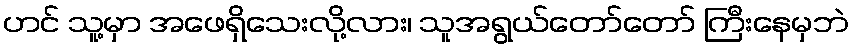
ဟင် သူ့မှာ အဖေရှိသေးလို့လား၊ သူအရွယ်တော်တော် ကြီးနေမှဘဲ